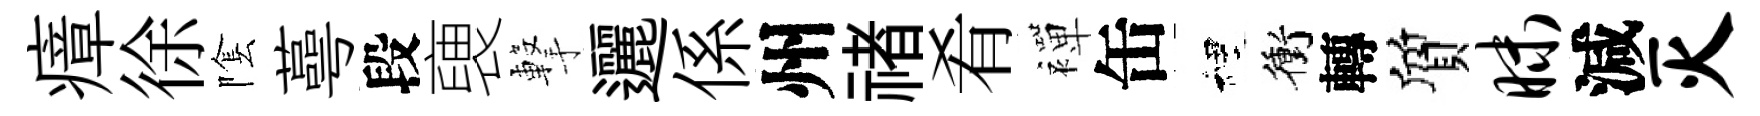
瘴徐隂蕚段褏撃邐係州禇肴襌缶裡衝轉質昧減灭